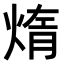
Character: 𤌃